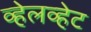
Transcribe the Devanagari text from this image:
व्हेलव्हेट